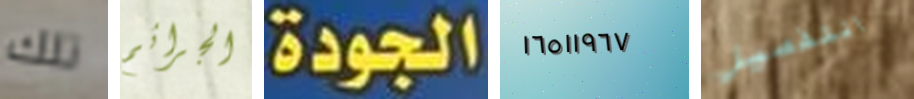
تلك الجرائم الجودة ١٦٥١١٩٦٧ التفصيل